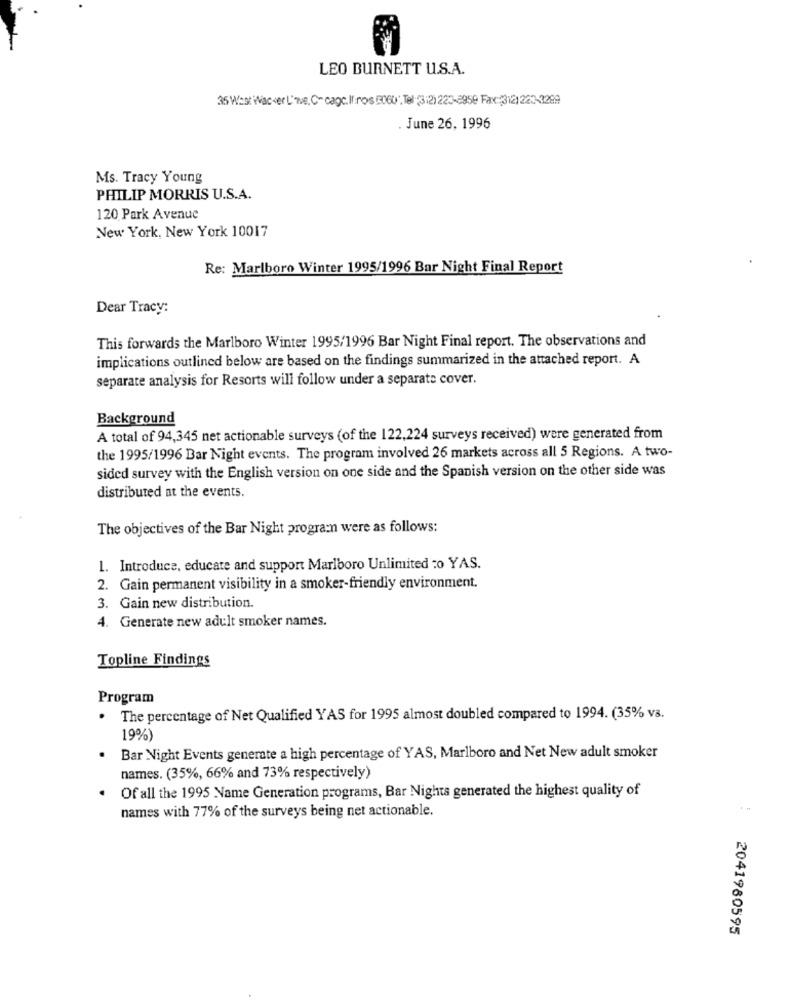
LEO BURNETT U.S.A.
35 Wast Wacker L'we, C- cage. If.ros 060" Tel (3:2) 223-6959 Fax:(312) 223-3299
June 26, 1996
Ms. Tracy Young
PHILIP MORRIS U.S.A.
120 Park Avenue
New York, New York 10017
Re: Marlboro Winter 1995/1996 Bar Night Final Report
Dear Tracy:
This forwards the Marlboro Winter 1995/1996 Bar Night Final report. The observations and
implications outlined below are based on the findings summarized in the attached report. A
separate analysis for Resorts will follow under a separate cover.
Background
A total of 94,345 net actionable surveys (of the 122,224 surveys received) were generated from
the 1995/1996 Bar Night events. The program involved 26 markets across all 5 Regions. A two-
sided survey with the English version on one side and the Spanish version on the other side was
distributed at the events.
The objectives of the Bar Night program were as follows:
1. Introduce, educate and support Marlboro Unlimited :o YAS.
2. Gain permanent visibility in a smoker-friendly environment.
3. Gain new distribution.
4. Generate new adult smoker names.
Topline Findings
Program
.
The percentage of Net Qualified YAS for 1995 almost doubled compared to 1994. (35% vs.
19%)
Bar Night Events generate a high percentage of YAS, Marlboro and Net New adult smoker
names. (35%, 66% and 73% respectively)
Of all the 1995 Name Generation programs, Bar Nights generated the highest quality of
names with 77% of the surveys being net actionable.
2041980595